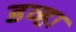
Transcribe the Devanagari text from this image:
डव्हा